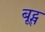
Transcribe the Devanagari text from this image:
बू्ट्स